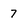
Character: 7